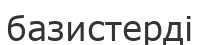
базистерді